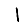
Digit: 1